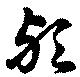
歟